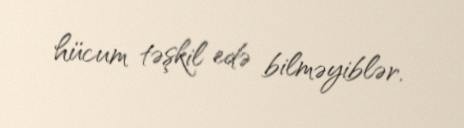
hücum təşkil edə bilməyiblər.